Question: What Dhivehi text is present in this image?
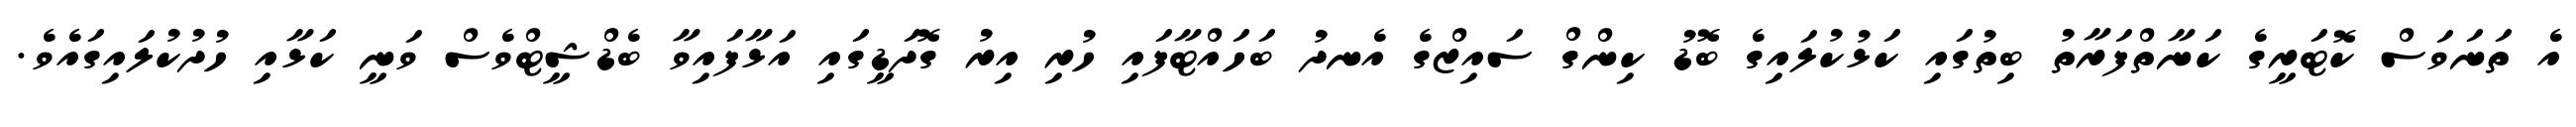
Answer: އެ ތަނަވަސް ކޮޓަރީގެ ކަނާތްފަރާތު ބިތުގައި ކަޅުކުލައިގެ ބޮޑު ކިންގް ސައިޒްގެ އެނދު ބަހައްޓާފައި ހުރި އިރު ގޮދަޑީގައި އަޅާފައިވާ ބެޑްޝީޓްވެސް ވަނީ ކަޅާއި ހުދުކުލައިގައެވެ.